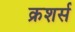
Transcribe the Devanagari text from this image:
क्रशर्स